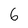
Character: 6